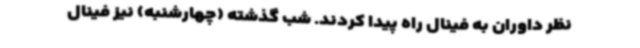
نظر داوران به فینال راه پیدا کردند. شب گذشته (چهارشنبه) نیز فینال